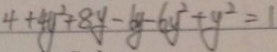
4 + 4 y ^ { 2 } + 8 y - 6 y - 6 y ^ { 2 } + y ^ { 2 } = 1